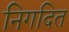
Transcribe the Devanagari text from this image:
निगदित